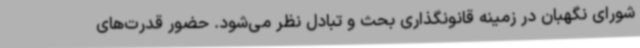
شورای نگهبان در زمینه قانونگذاری بحث و تبادل نظر می‌شود. حضور قدرت‌های